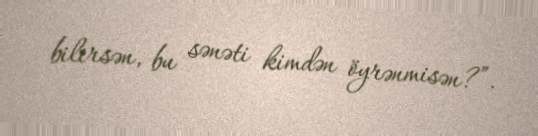
bilirsən, bu sənəti kimdən öyrənmisən?”.